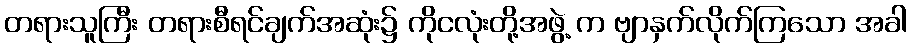
တရားသူကြီး တရားစီရင်ချက်အဆုံး၌ ကိုငလုံးတို့အဖွဲ့ က ဗျာနှက်လိုက်ကြသော အခါ